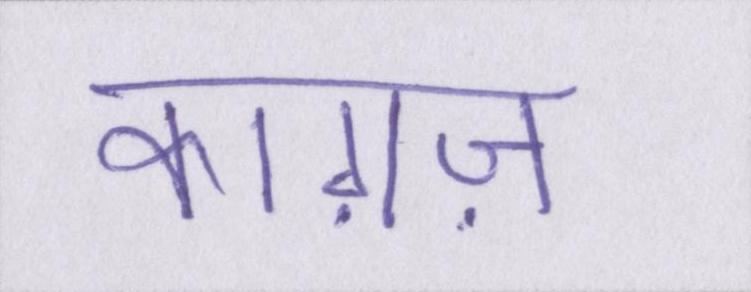
काग़ज़